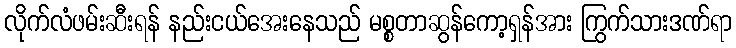
လိုက်လံဖမ်းဆီးရန် နည်းငယ်အေးနေသည် မစ္စတာဆွန်ကော့ရှန်အား ကြွက်သားဒဏ်ရာ